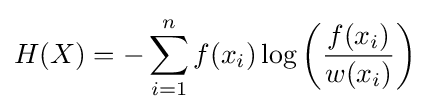
H(X)=-\sum _{i=1}^{n}f(x_{i})\log \left({\frac {f(x_{i})}{w(x_{i})}}\right)